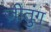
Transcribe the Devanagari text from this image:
ज़ीतुंग